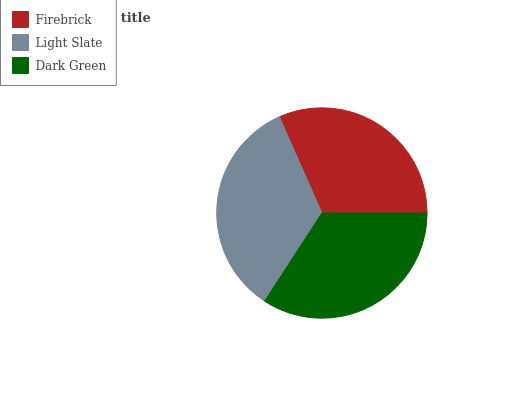
| Firebrick | Light Slate | Dark Green |
 | --- | --- | --- |
 | 31.6% | 34.2% | 34.2% |